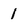
Character: 1